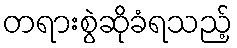
တရားစွဲဆိုခံရသည့်